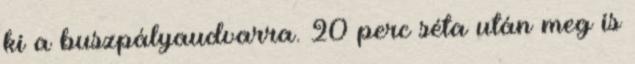
ki a buszpályaudvarra. 20 perc séta után meg is